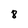
Character: 8